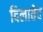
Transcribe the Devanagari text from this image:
दिलातेद